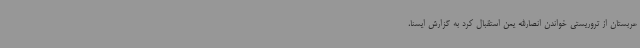
عربستان از تروریستی خواندن انصارالله یمن استقبال کرد به گزارش ایسنا،